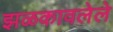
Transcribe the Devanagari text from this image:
झळकावलेले